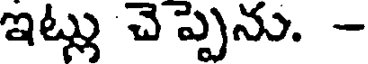
ఇట్లు చెప్పెను. -